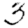
Digit: 3